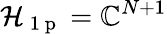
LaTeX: \mathcal{H}_{\mathrm{~1~p~}}=\mathbb{C}^{N+1}